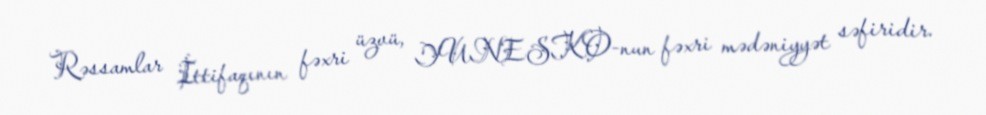
Rəssamlar İttifaqının fəxri üzvü, YUNESKO-nun fəxri mədəniyyət səfiridir.